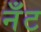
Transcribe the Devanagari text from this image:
नँँट